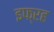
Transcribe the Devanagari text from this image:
इफ्रह